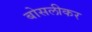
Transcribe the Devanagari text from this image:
बोसलीकर